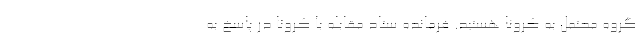
گروه محتمل به کرونا هستید. فرمانده ستاد مقابله با کرونا در پاسخ به